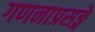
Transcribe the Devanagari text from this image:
गणनाप्रसङ्गे